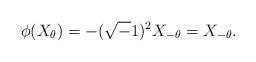
LaTeX: \begin{align*}\phi(X_\theta)=- (\sqrt-1)^2 X_{-\theta}=X_{-\theta}. \end{align*}